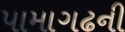
પામાગઢની